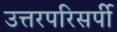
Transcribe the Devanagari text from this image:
उत्तरपरिसर्पी